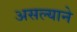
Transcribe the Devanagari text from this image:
असल्याने